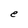
Character: e